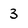
Character: 3